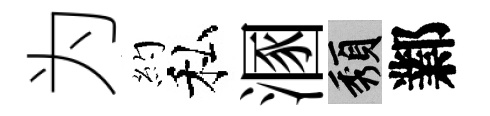
为約私溷頽鄴